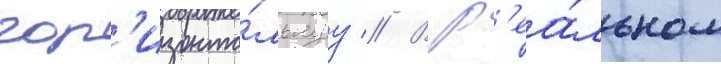
гор'изонта́льнуу // В р'еа́льном